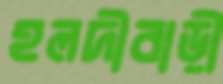
হলদীবাড়ী